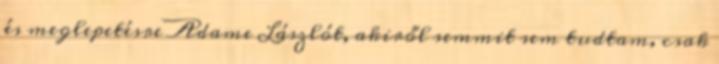
és meglepetésre Adame Lászlót, akiről semmit sem tudtam, csak